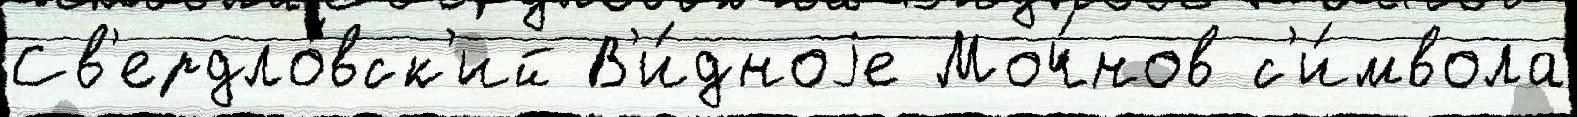
Св'ердло́вск'ий В'и́дноjе Моч́нов с'и́мвола